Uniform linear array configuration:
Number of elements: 12
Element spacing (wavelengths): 0.75
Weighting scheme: exponential
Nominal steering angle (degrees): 45
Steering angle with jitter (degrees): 43.494
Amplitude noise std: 0.05
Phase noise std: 0.05

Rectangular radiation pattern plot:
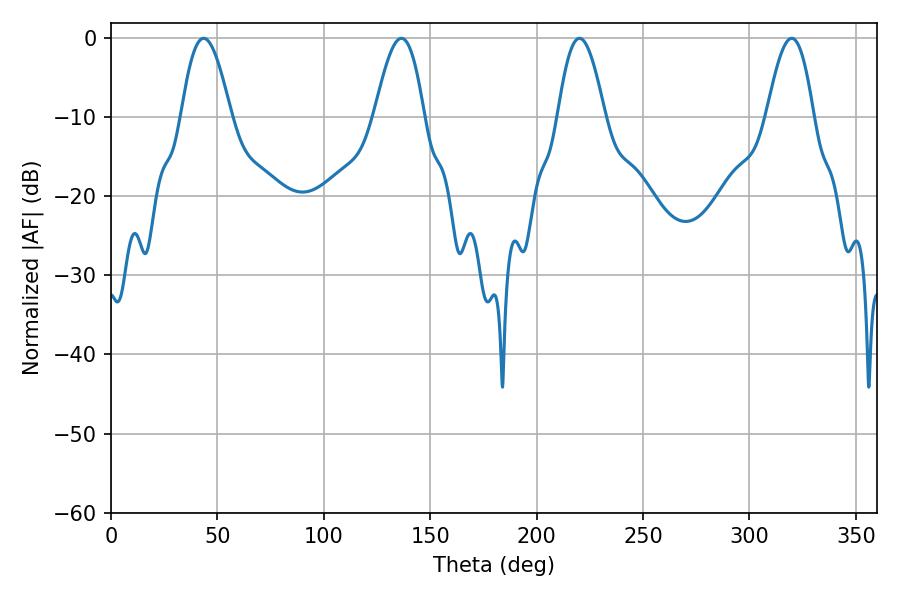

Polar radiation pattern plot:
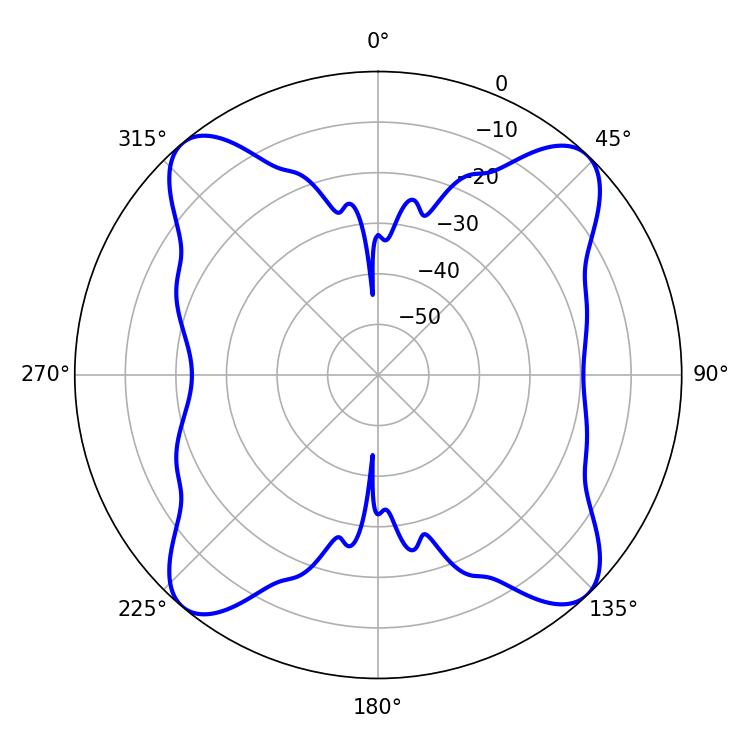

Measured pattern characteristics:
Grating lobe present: TRUE
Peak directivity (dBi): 16.697
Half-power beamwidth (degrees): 12.06
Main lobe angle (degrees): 220.14